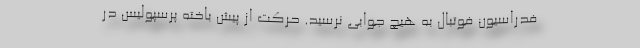
فدراسیون فوتبال به هیچ جوابی نرسید. حرکت از پیش باخته پرسپولیس در